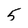
Character: 5